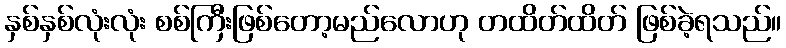
နှစ်နှစ်လုံးလုံး စစ်ကြီးဖြစ်တော့မည်လောဟု တထိတ်ထိတ် ဖြစ်ခဲ့ရသည်။